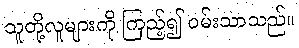
သူတို့လူများကို ကြည့်၍ ဝမ်းသာသည်။